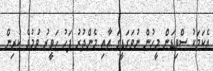
އެކަމަކު ސްވިޑަން މީހުން ނުވަގަޑީގަ އާއި މެންދުރު ފަހު ހަވީރު ވުމުގެ ކުރިން